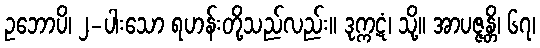
ဥဘောပိ၊ ၂-ပါးသော ရဟန်းတို့သည်လည်း။ ဒုက္ကဋံ၊ သို့။ အာပဇ္ဇန္တိ၊ ၆၇၊